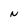
Character: N